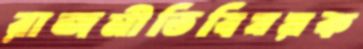
রাজনীতিবিষয়ক